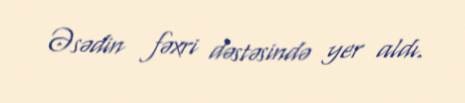
Əsədin fəxri dəstəsində yer aldı.